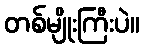
တစ်မျိုးကြီးပဲ။